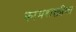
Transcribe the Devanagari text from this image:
कामशक्तीचा